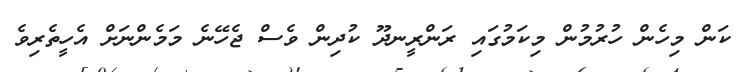
ކަން މިހެން ހުރުމުން މިކަމުގައި ރަންރީނދޫ ކުދިން ވެސް ޖެހޭނެ މަމެންނަށް އެހީތެރިވެ